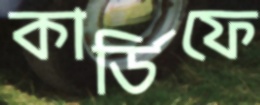
কার্ডিফে